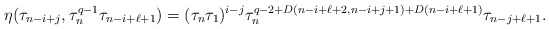
\begin{align*} \eta(\tau_{n-i+j}, \tau_n^{q-1}\tau_{n-i+\ell+1})=(\tau_n \tau_1)^{i-j} \tau_n^{q-2+D(n-i+\ell+2, n-i+j+1)+D(n-i+\ell+1)} \tau_{n-j+\ell+1}.\end{align*}